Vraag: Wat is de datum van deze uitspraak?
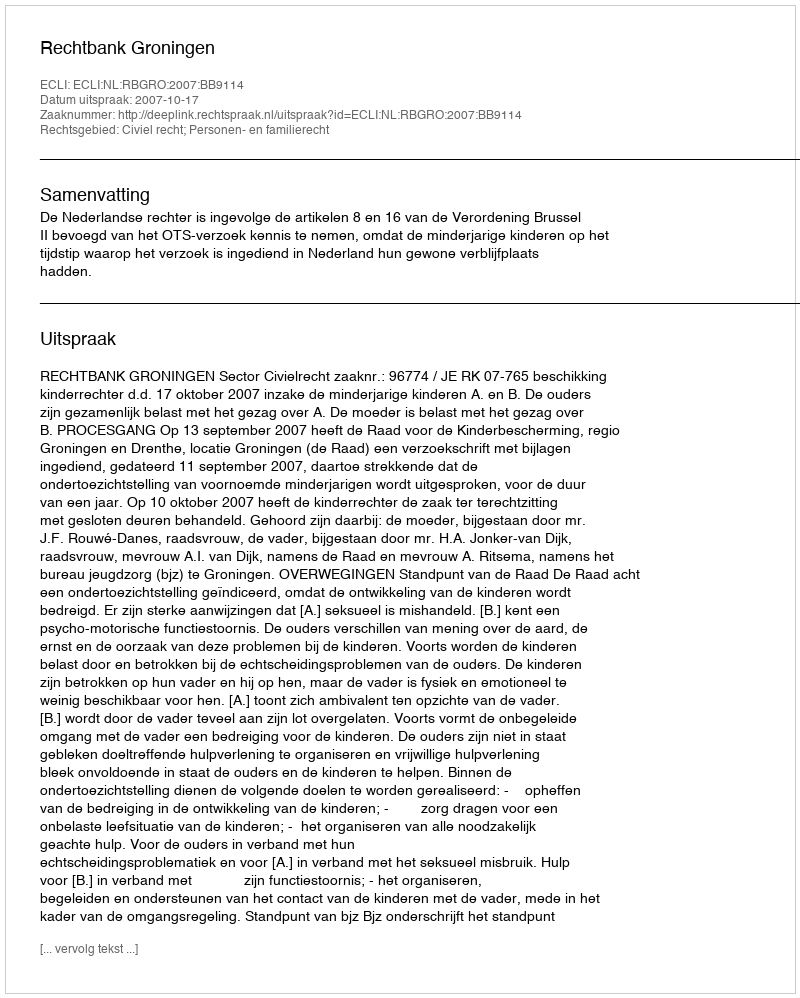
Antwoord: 2007-10-17